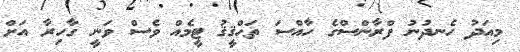
މިއަދު ހެނދުނު ފްރާންސްގެ ހާއްސަ ތަޙްޤީޤު ޓީމެއް ވެސް ވަނީ ގާހިރާ އަށް